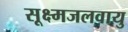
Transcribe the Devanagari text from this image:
सूक्ष्मजलवायु